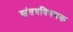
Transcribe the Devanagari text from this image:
स्वंतत्रविषयक